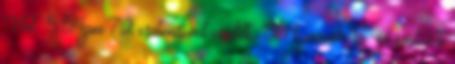
Hol: 5:54pm 72 esztendővel ezelőtt, 1941. január 17.-én született